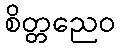
စိတ္တညေဝ